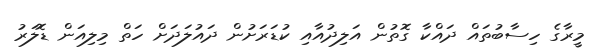
މީރާގެ ހިސާބުތައް ދައްކާ ގޮތުން އަލިދުއާއި ކުޑަރަށުން ދައުލަދަށް ހަތް މިލިއަން ޑޮލަރު